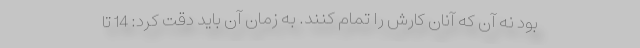
بود نه آن که آنان کارش را تمام کنند. به زمان آن باید دقت کرد: 14 تا